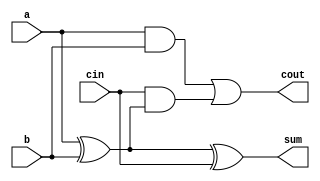
`timescale 1ns / 1ps
//////////////////////////////////////////////////////////////////////////////////
// Company: 
// Engineer: 
// 
// Design Name: 
// Module Name: full_adder3
// Project Name: 
// Target Devices: 
// Tool Versions: 
// Description: 
// 
// Dependencies: 
// 
// Revision:
// Revision 0.01 - File Created
// Additional Comments:
// 
//////////////////////////////////////////////////////////////////////////////////


module full_adder3(
    input a,
    input b,
    input cin,
    output sum,
    output cout
    );
    
    assign sum = a ^ b^ cin;
    assign cout = (a & b) | (cin & (a ^ b));
endmodule